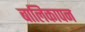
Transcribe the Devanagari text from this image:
बालिकापन